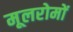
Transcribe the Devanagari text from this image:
मूलरोमों